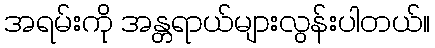
အရမ်းကို အန္တရာယ်များလွန်းပါတယ်။